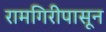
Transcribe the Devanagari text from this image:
रामगिरीपासून